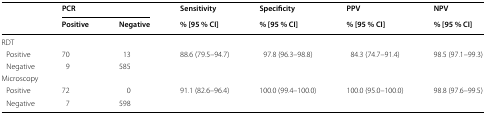
<table><thead><tr><td rowspan="2">[EMPTY_CELL]</td><td colspan="2"><b>PCR</b></td><td><b>Sensitivity</b></td><td><b>Specificity</b></td><td><b>PPV</b></td><td><b>NPV</b></td></tr><tr><td><b>Positive</b></td><td><b>Negative</b></td><td><b>% [95 % CI]</b></td><td><b>% [95 % CI]</b></td><td><b>% [95 % CI]</b></td><td><b>% [95 % CI]</b></td></tr></thead><tbody><tr><td colspan="7">RDT</td></tr><tr><td> Positive</td><td>70</td><td>13</td><td>88.6 (79.5–94.7)</td><td>97.8 (96.3–98.8)</td><td>84.3 (74.7–91.4)</td><td>98.5 (97.1–99.3)</td></tr><tr><td> Negative</td><td>9</td><td>585</td><td>[EMPTY_CELL]</td><td>[EMPTY_CELL]</td><td>[EMPTY_CELL]</td><td>[EMPTY_CELL]</td></tr><tr><td colspan="7">Microscopy</td></tr><tr><td> Positive</td><td>72</td><td>0</td><td>91.1 (82.6–96.4)</td><td>100.0 (99.4–100.0)</td><td>100.0 (95.0–100.0)</td><td>98.8 (97.6–99.5)</td></tr><tr><td> Negative</td><td>7</td><td>598</td><td>[EMPTY_CELL]</td><td>[EMPTY_CELL]</td><td>[EMPTY_CELL]</td><td>[EMPTY_CELL]</td></tr></tbody></table>